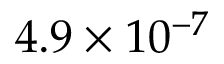
4 . 9 \times 1 0 ^ { - 7 }